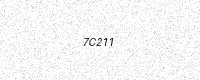
Text: 7C211